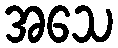
အသေ